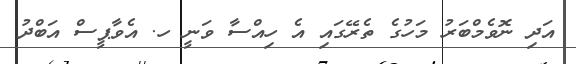
އަދި ނޮވެމްބަރު މަހުގެ ތެރޭގައި އެ ހިއްސާ ވަނީ ހ. އެވާޕީސް އަބްދު